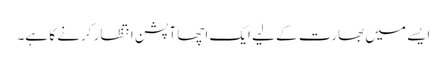
ایسے میں بھارت کے لیے ایک اچھا آپشن انتظار کرنے کا ہے۔